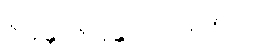
ဇာနန္တာ ဇာနန္တ ပါပကရဏပဥှ။